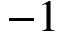
- 1